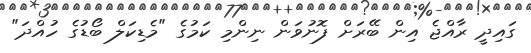
ގައިދީ ރާއްޖެ އިން ބޭރަށް ފޮނުވަން ނިންމި ކަމުގެ "މެޑިކަލް ބޯޑުގެ ހުއްދަ"